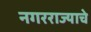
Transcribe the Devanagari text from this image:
नगरराज्याचे